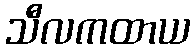
သီလကထာယ